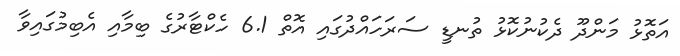
އަތޮޅު މަންދޫ ދެކުނުކޮޅު ތުނޑީ ސަރަހައްދުގައި އޮތް 6.1 ހެކްޓާރުގެ ބިމާއި އެބިމުގައިވާ